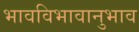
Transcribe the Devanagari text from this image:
भावविभावानुभाव